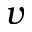
v